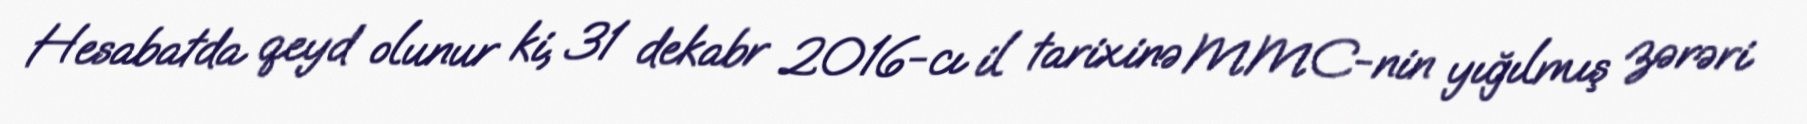
Hesabatda qeyd olunur ki, 31 dekabr 2016-cı il tarixinə MMC-nin yığılmış zərəri